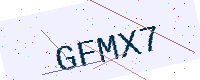
Text: GFMX7